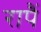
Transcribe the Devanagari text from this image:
रापैं